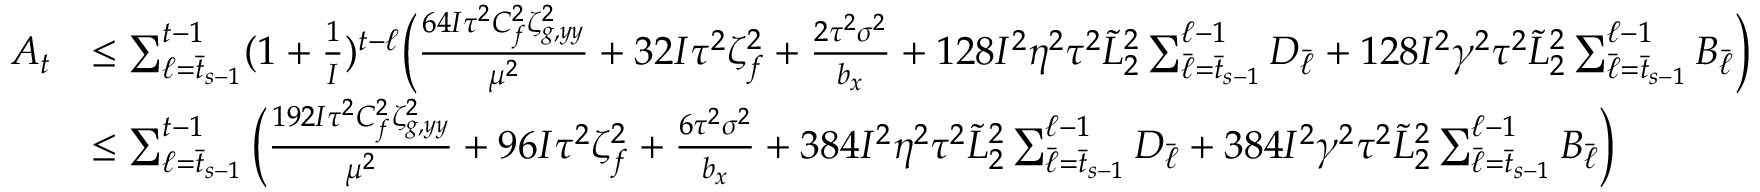
\begin{array} { r l } { A _ { t } } & { \leq \sum _ { \ell = \bar { t } _ { s - 1 } } ^ { t - 1 } ( 1 + \frac { 1 } { I } ) ^ { t - \ell } \bigg ( \frac { 6 4 I \tau ^ { 2 } C _ { f } ^ { 2 } \zeta _ { g , y y } ^ { 2 } } { \mu ^ { 2 } } + 3 2 I \tau ^ { 2 } \zeta _ { f } ^ { 2 } + \frac { 2 \tau ^ { 2 } \sigma ^ { 2 } } { b _ { x } } + 1 2 8 I ^ { 2 } \eta ^ { 2 } \tau ^ { 2 } \tilde { L } _ { 2 } ^ { 2 } \sum _ { \bar { \ell } = \bar { t } _ { s - 1 } } ^ { \ell - 1 } D _ { \bar { \ell } } + 1 2 8 I ^ { 2 } \gamma ^ { 2 } \tau ^ { 2 } \tilde { L } _ { 2 } ^ { 2 } \sum _ { \bar { \ell } = \bar { t } _ { s - 1 } } ^ { \ell - 1 } B _ { \bar { \ell } } \bigg ) } \\ & { \leq \sum _ { \ell = \bar { t } _ { s - 1 } } ^ { t - 1 } \bigg ( \frac { 1 9 2 I \tau ^ { 2 } C _ { f } ^ { 2 } \zeta _ { g , y y } ^ { 2 } } { \mu ^ { 2 } } + 9 6 I \tau ^ { 2 } \zeta _ { f } ^ { 2 } + \frac { 6 \tau ^ { 2 } \sigma ^ { 2 } } { b _ { x } } + 3 8 4 I ^ { 2 } \eta ^ { 2 } \tau ^ { 2 } \tilde { L } _ { 2 } ^ { 2 } \sum _ { \bar { \ell } = \bar { t } _ { s - 1 } } ^ { \ell - 1 } D _ { \bar { \ell } } + 3 8 4 I ^ { 2 } \gamma ^ { 2 } \tau ^ { 2 } \tilde { L } _ { 2 } ^ { 2 } \sum _ { \bar { \ell } = \bar { t } _ { s - 1 } } ^ { \ell - 1 } B _ { \bar { \ell } } \bigg ) } \end{array}